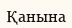
Қанына